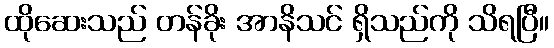
ထိုဆေးသည် တန်ခိုး အာနိသင် ရှိသည်ကို သိရပြီ။